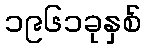
၁၉၆၁ခုနှစ်